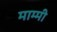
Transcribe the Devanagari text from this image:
माम्मी